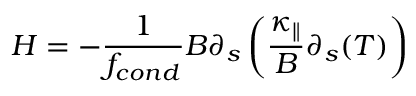
H = - \frac { 1 } { f _ { c o n d } } B \partial _ { s } \left( \frac { \kappa _ { \parallel } } { B } \partial _ { s } ( T ) \right)